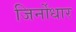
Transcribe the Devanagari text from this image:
जिर्नोधार